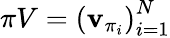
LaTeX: \pi V=\left(\mathbf{v}_{\pi_{i}}\right)_{i=1}^{N}